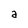
Character: a